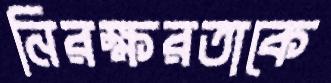
নিরক্ষরতাকে